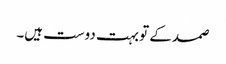
صمد کے تو بہت دوست ہیں۔